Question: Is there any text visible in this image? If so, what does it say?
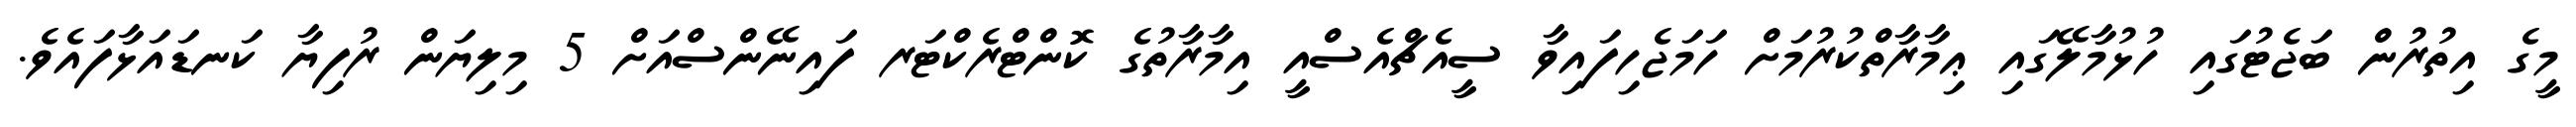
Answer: މީގެ އިތުރުން ބަޖެޓުގައި ހުޅުމާލޭގައި ޢިމާރާތްކުރުމަށް ހަމަޖެހިފައިވާ ސީއެޗްއެސްއީ އިމާރާތުގެ ކޮންޓްރެކްޓަރ ފައިނޭންސްއަށް 5 މިލިޔަން ރުފިޔާ ކަނޑައަޅާފައެވެ.